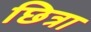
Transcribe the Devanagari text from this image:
छित्रा